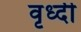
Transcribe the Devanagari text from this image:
वृध्दी